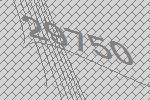
29750